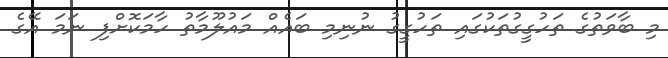
މި ބާވަތުގެ ތަހުގީގުތަކުގައި ތަހުގީގު ނުނިމި ބައެއް މައުލޫމާތު ހާމަކޮށްފި ނަމަ އޭގެ